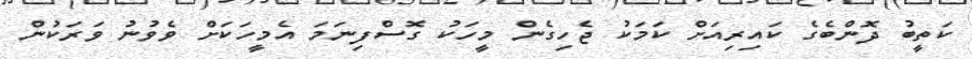
ކަތީބު ދޮންބެގެ ކައިރިއަށް ކަމަކު ޖެހިގެން މީހަކު ގޮސްފިނަމަ އެމީހަކަށް ވެވުނު ވަރަކުން